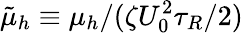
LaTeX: \tilde{\mu}_{h}\equiv\mu_{h}/(\zeta U_{0}^{2}\tau_{R}/2)